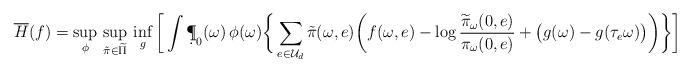
LaTeX: \begin{align*}\begin{aligned}\overline H(f) &=\sup_{\phi}\, \sup_{\tilde\pi\in\widetilde\Pi}\,\inf_{g} \bigg[\int \d\P_0(\omega)\,\phi(\omega) \bigg\{\sum_{e\in \mathcal U_d} \tilde\pi(\omega,e) \bigg(f(\omega,e) -\log\frac{\widetilde\pi_\omega(0,e)}{\pi_\omega(0,e)}+\big(g(\omega)-g(\tau_e\omega)\big)\bigg)\bigg\}\bigg] \end{aligned}\end{align*}